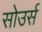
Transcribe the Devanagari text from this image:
सोउर्स